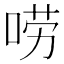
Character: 唠